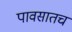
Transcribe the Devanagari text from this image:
पावसातच